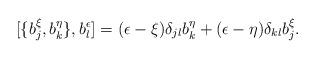
LaTeX: \begin{align*}[\{ b_{ j}^{\xi}, b_{ k}^{\eta}\} , b_{l}^{\epsilon}]= (\epsilon -\xi) \delta_{jl} b_{k}^{\eta} + (\epsilon -\eta) \delta_{kl}b_{j}^{\xi}.\end{align*}